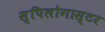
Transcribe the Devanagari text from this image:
स्पिलोगास्टर